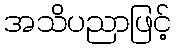
အသိပညာဖြင့်